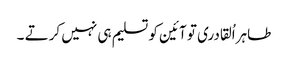
طاہراُلقادری تو آئین کو تسلیم ہی نہیں کرتے ۔